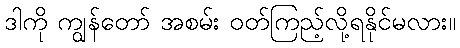
ဒါကို ကျွန်တော် အစမ်း ဝတ်ကြည့်လို့ရနိုင်မလား။